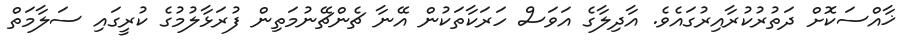
ޚާއްސަކޮށް ދަތުރުކުރާއިރުގައެވެ. އާދިލާގެ އަވަސް ހަރަކާތަކުން އޭނާ ޗެންޗޭނުމަތިން ފުރަޅާލުމުގެ ކުރީގައި ސަލާމަތް